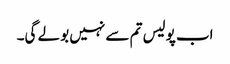
اب پولیس تم سے نہیں بولے گی۔